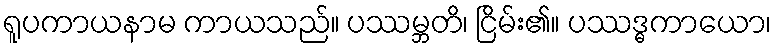
ရူပကာယနာမ ကာယသည်။ ပဿမ္ဘတိ၊ ငြိမ်း၏။ ပဿဒ္ဓကာယော၊